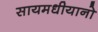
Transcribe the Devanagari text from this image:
सायमधीयानो